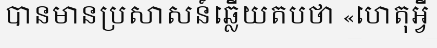
បានមានប្រសាសន៍ឆ្លើយតបថា «ហេតុអ្វី